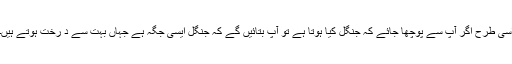
اسی طرح اگر آپ سے پوچھا جائے کہ جنگل کیا ہوتا ہے تو آپ بتائیں گے کہ جنگل ایسی جگہ ہے جہاں بہت سے د رخت ہوتے ہیں۔